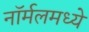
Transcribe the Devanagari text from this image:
नॉर्मलमध्ये